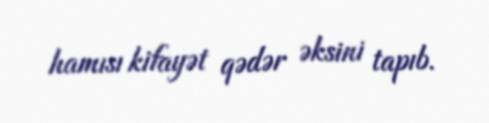
hamısı kifayət qədər əksini tapıb.